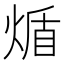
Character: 𬊮